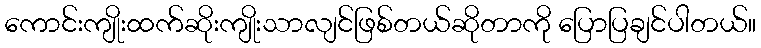
ကောင်းကျိုးထက်ဆိုးကျိုးသာလျင်ဖြစ်တယ်ဆိုတာကို ပြောပြချင်ပါတယ်။